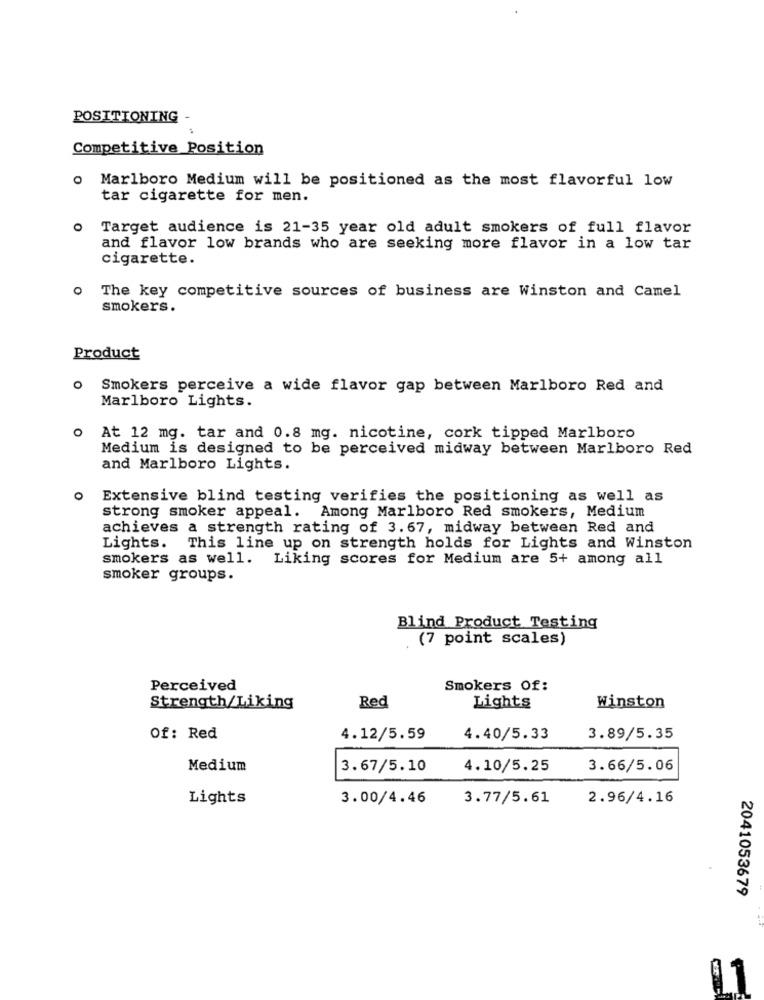
POSITIONING-
Competitive Position
Marlboro Medium will be positioned as the most flavorful low
tar cigarette for men.
Target audience is 21-35 year old adult smokers of full flavor
and flavor low brands who are seeking more flavor in a low tar
cigarette.
0
The key competitive sources of business are Winston and Camel
smokers.
Product
Smokers perceive a wide flavor gap between Marlboro Red and
Marlboro Lights.
O
At 12 mg. tar and 0.8 mg. nicotine, cork tipped Marlboro
Medium is designed to be perceived midway between Marlboro Red
and Marlboro Lights.
Extensive blind testing verifies the positioning as well as
strong smoker appeal. Among Marlboro Red smokers, Medium
achieves a strength rating of 3.67, midway between Red and
Lights. This line up on strength holds for Lights and Winston
smokers as well. Liking scores for Medium are 5+ among all
smoker groups.
Blind Product Testing
(7 point scales)
Perceived
Smokers Of:
Strength/Liking
Red
Lights
Winston
Of: Red
4.12/5.59
4.40/5.33
3.89/5.35
Medium
3.67/5.10
4.10/5.25
3.66/5.06
Lights
3.00/4.46
3.77/5.61
2.96/4.16
2041053679
L1